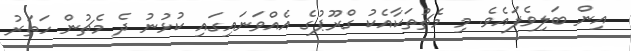
އިން ބަލިވެފައެވެ. މި މެޗުތަކާއެކު ގްރޫޕުގެ އެއްވަނައިގައި ކުޅުނު ދެ މެޗުން ހަތަރު